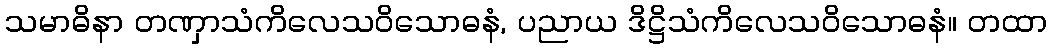
သမာဓိနာ တဏှာသံကိလေသဝိသောဓနံ, ပညာယ ဒိဋ္ဌိသံကိလေသဝိသောဓနံ။ တထာ